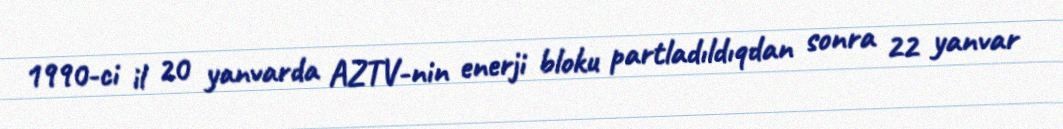
1990-ci il 20 yanvarda AZTV-nin enerji bloku partladıldıqdan sonra 22 yanvar